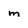
Character: m